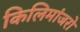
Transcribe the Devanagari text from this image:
किलिमांजरो